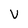
Character: V